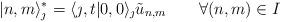
LaTeX: \begin{align*} |n,m\rangle_{\jmath}^*=\langle \jmath,t|0,0\rangle_{\jmath}\tilde{u}_{n,m} \qquad \forall (n,m) \in I\end{align*}